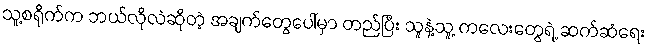
သူ့စရိုက်က ဘယ်လိုလဲဆိုတဲ့ အချက်တွေပေါ်မှာ တည်ပြီး သူနဲ့သူ့ ကလေးတွေရဲ့ ဆက်ဆံရေး